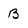
Character: B